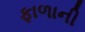
ફાળાની